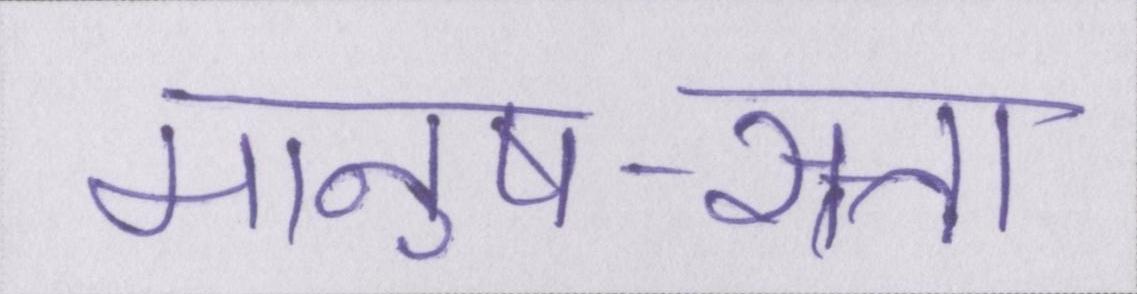
मानुष-सत्ता